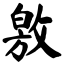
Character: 敫